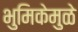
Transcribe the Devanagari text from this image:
भुमिकेमुळे